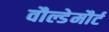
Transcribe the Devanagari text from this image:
वौल्डेमौर्ट